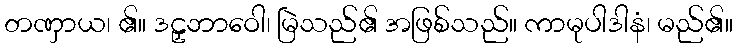
တဏှာယ၊ ၏။ ဒဠှဘာဝေါ၊ မြဲသည်၏ အဖြစ်သည်။ ကာမုပါဒါနံ၊ မည်၏။